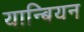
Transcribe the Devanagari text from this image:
यान्बियन